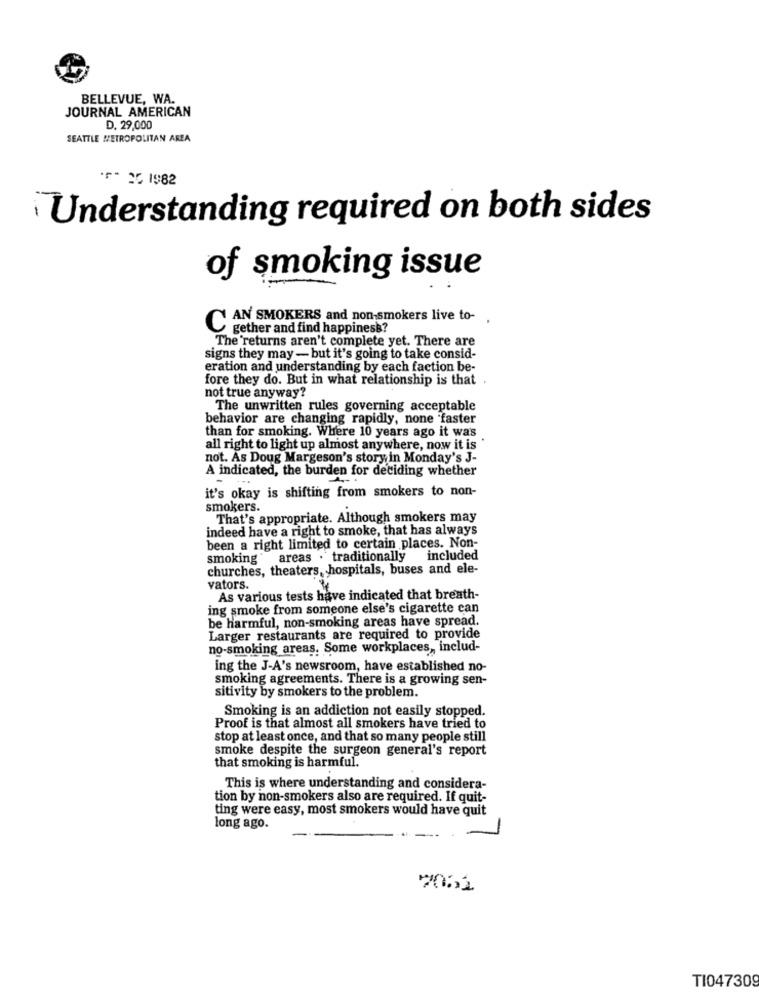
BELLEVUE, WA.
JOURNAL AMERICAN
D. 29,000
SEATTLE METROPOLITAN AREA
.F- 35 1982
Understanding required on both sides
of smoking issue
AN SMOKERS and non-smokers live to- .
C
gether and find happiness?
The 'returns aren't complete yet. There are
signs they may - but it's going to take consid-
eration and understanding by each faction be-
fore they do. But in what relationship is that .
not true anyway?
The unwritten rules governing acceptable
behavior are changing rapidly, none "faster
than for smoking. Where 10 years ago it was
all right to light up almost anywhere, now it is
not. As Doug Margeson's story in Monday's J-
A indicated, the burden for deciding whether
-
it's okay is shifting from smokers to non-
smokers.
That's appropriate. Although smokers may
indeed have a right to smoke, that has always
been a right limited to certain places. Non-
smoking areas . traditionally included
churches, theaters, hospitals, buses and ele-
vators.
As various tests have indicated that breath-
ing smoke from someone else's cigarette can
be harmful, non-smoking areas have spread.
Larger restaurants are required to provide
no-smoking areas. Some workplaces, includ-
ing the J-A's newsroom, have established no-
smoking agreements. There is a growing sen-
sitivity by smokers to the problem.
Smoking is an addiction not easily stopped.
Proof is that almost all smokers have tried to
stop at least once, and that so many people still
smoke despite the surgeon general's report
that smoking is harmful.
This is where understanding and considera-
tion by non-smokers also are required. If quit-
ting were easy, most smokers would have quit
long ago.
70622
TI047309